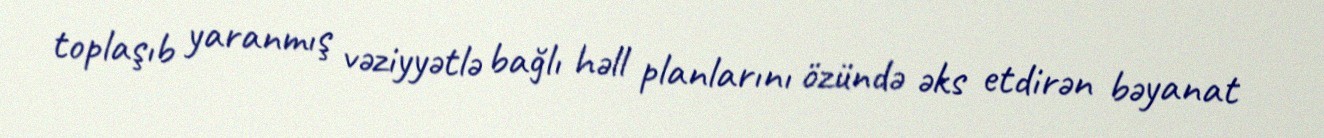
toplaşıb yaranmış vəziyyətlə bağlı həll planlarını özündə əks etdirən bəyanat